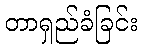
တာရှည်ခံခြင်း